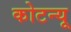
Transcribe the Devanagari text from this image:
कोटन्यू